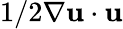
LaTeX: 1/2\nabla\boldsymbol{\mathbf{u}}\cdot\boldsymbol{\mathbf{u}}